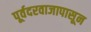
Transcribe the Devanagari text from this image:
पूर्वदरवाजापासून